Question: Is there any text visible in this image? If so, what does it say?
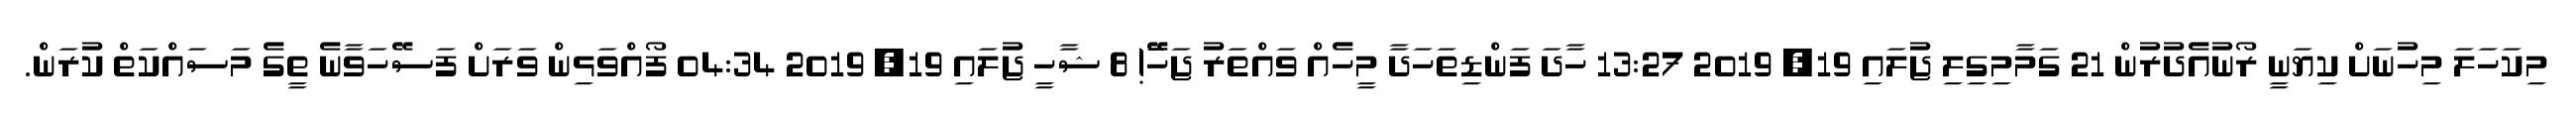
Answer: މިކަހަލަ މިހުނަށް ކިޔަނީ ރޯނުއެދުރުން 21 ގަމާމިގިލި ޖުލައި 19, 2019 13:27 ހާދަ ފަންޑިތަހަދާ މީހެއް ވައްތަރު ޖަހަަޭ! 8 ޝާހީ ޖުލައި 19, 2019 04:34 ފޯއްވަޅިން ވަރަށް ފަސޭހަވާނެ ތީގެ މަސައްކަތް ކުރަން.